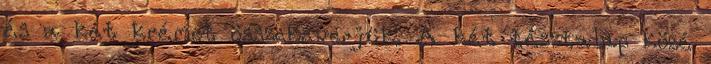
és a két krémet összekeverjük. A két tésztalap közé